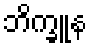
ဘိက္ခူန